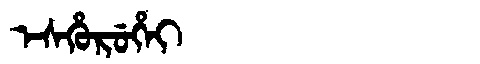
Manchu: ᡝᠰᡥᡠᡵᡠᡥᡝᡳ
Romanization: ESHURUHEI